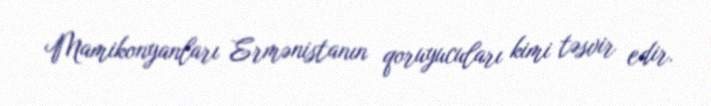
Mamikonyanları Ermənistanın qoruyucuları kimi təsvir edir.